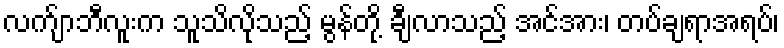
လက်ျာဘီလူးက သူသိလိုသည့် မွန်တို့ ချီလာသည့် အင်အား၊ တပ်ချရာအရပ်၊